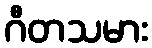
ဂီတသမား